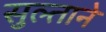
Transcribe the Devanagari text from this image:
सुल्ताने